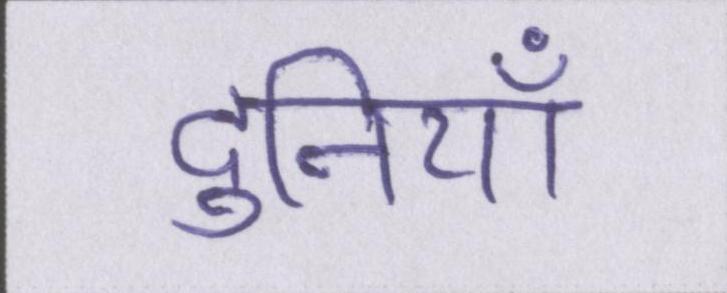
दुनियाँ